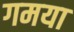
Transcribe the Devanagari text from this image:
गमया